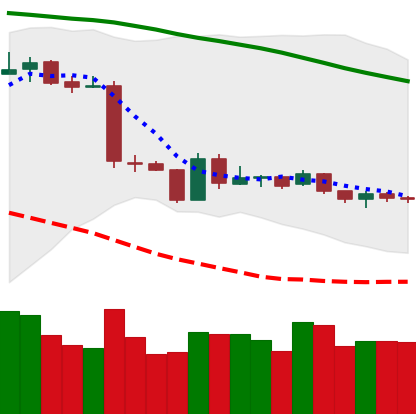
Ticker: ETH-USD
Chart end date: 2019-01-24
Forward return: -10.024%
Label: down_7plus